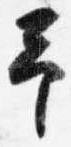
予